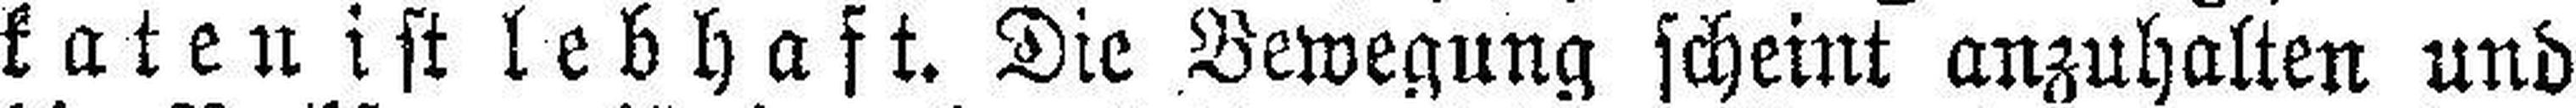
katen ist lebhaft. Die Bewegung scheint anzuhalten und